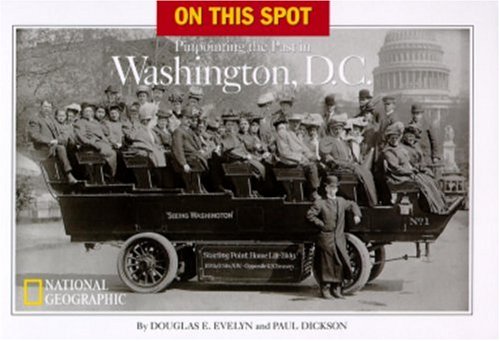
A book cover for On This Spot: Pinpointing the Past in Washington, D.C.; Douglas E. Evelyn; Travel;